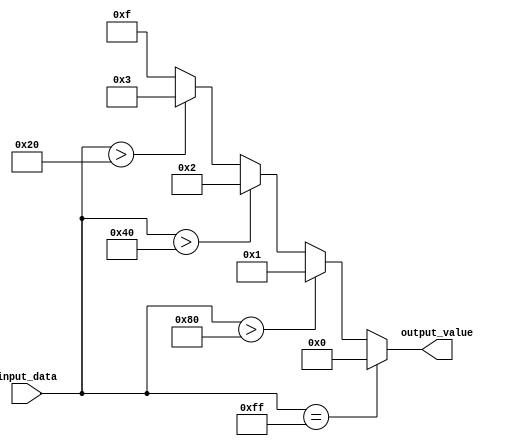
module multiple_if_else_statement(
    input wire [7:0] input_data,
    output reg [3:0] output_value
);

always @(*) begin
    if (input_data == 8'hFF) begin
        output_value = 4'b0000;
    end
    else if (input_data > 8'h80) begin
        output_value = 4'b0001;
    end
    else if (input_data > 8'h40) begin
        output_value = 4'b0010;
    end
    else if (input_data > 8'h20) begin
        output_value = 4'b0011;
    end
    else begin
        output_value = 4'b1111;
    end
end

endmodule